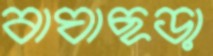
বাঘাছড়া